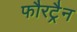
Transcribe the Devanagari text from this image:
फौरट्रैन